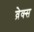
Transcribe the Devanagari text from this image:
व्रेक्स